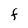
Character: F